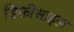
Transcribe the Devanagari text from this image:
डिफ़ीसाइल